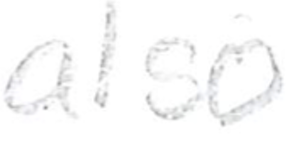
Text: also
Cross-out: clean
Writing tool: pencil